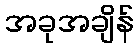
အခုအချိန်